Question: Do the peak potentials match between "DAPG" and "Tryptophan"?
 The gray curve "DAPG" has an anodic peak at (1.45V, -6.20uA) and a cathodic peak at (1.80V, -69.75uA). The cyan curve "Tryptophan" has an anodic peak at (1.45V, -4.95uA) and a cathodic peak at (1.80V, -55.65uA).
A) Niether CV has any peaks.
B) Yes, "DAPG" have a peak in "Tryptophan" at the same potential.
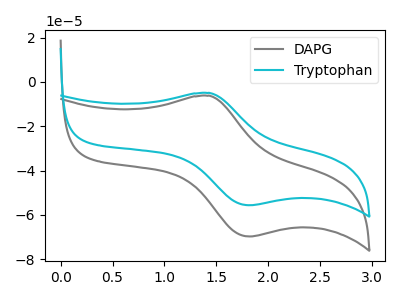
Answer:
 <answer>B) Yes, "DAPG" have a peak in "Tryptophan" at the same potential.</answer>
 <eval>B</eval>